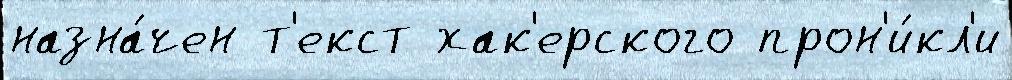
назна́чен т'екст хак'ерского прон'и́кл'и